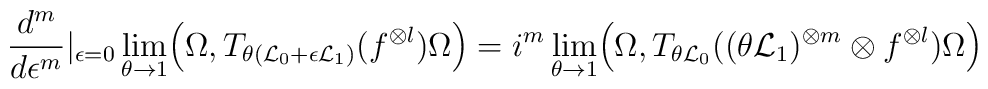
\frac{d^m}{d\epsilon^m}\vert_{\epsilon =0}\lim_{\theta\to 1}\Bigl(\Omega,T_{\theta ({\cal L}_0+\epsilon {\cal L}_1)}(f^{\otimes l})\Omega\Bigr)=i^m\lim_{\theta\to 1}\Bigl(\Omega,T_{\theta {\cal L}_0}((\theta {\cal L}_1)^{\otimes m}\otimes f^{\otimes l})\Omega\Bigr)